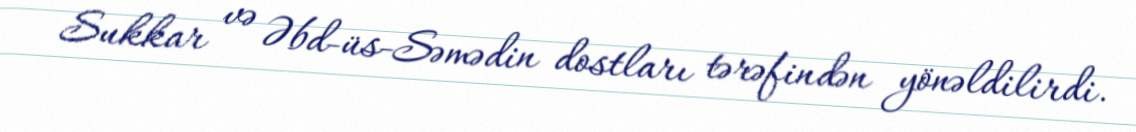
Sukkar və Əbd-üs-Səmədin dostları tərəfindən yönəldilirdi.